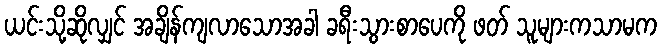
ယင်းသို့ဆိုလျှင် အချိန်ကျလာသောအခါ ခရီးသွားစာပေကို ဖတ် သူများကသာမက